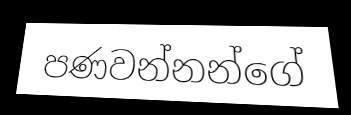
පණවන්නන්ගේ